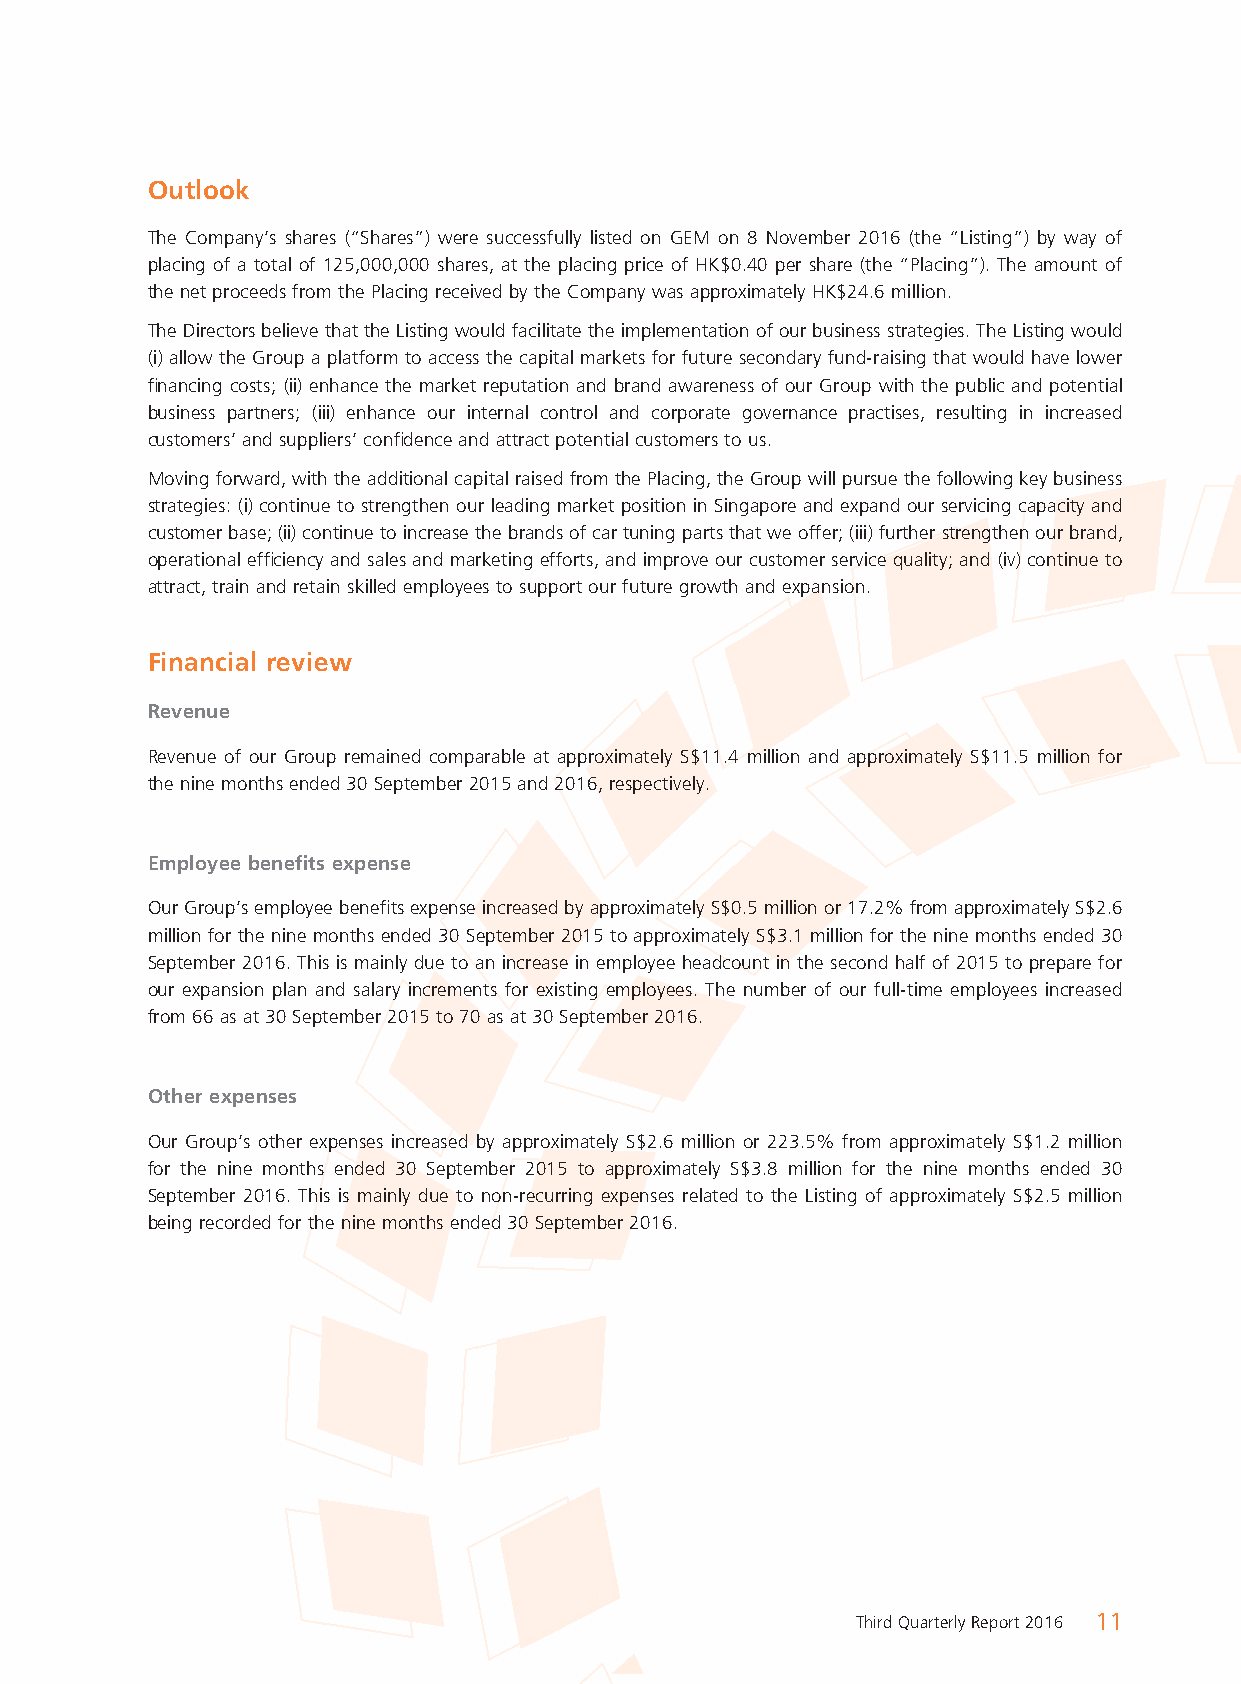
Outlook
 The Company’s shares (“Shares”) were successfully listed on GEM on 8 November 2016 (the “Listing”) by way of
 placing of a total of 125,000,000 shares, at the placing price of HK$0.40 per share (the “Placing”). The amount of
 the net proceeds from the Placing received by the Company was approximately HK$24.6 million.
 The Directors believe that the Listing would facilitate the implementation of our business strategies. The Listing would
 (i) allow the Group a platform to access the capital markets for future secondary fund-raising that would have lower
 fi nancing costs; (ii) enhance the market reputation and brand awareness of our Group with the public and potential
 business partners; (iii) enhance our internal control and corporate governance practises, resulting in increased
 customers’ and suppliers’ confi dence and attract potential customers to us.
 Moving forward, with the additional capital raised from the Placing, the Group will pursue the following key business
 strategies: (i) continue to strengthen our leading market position in Singapore and expand our servicing capacity and
 customer base; (ii) continue to increase the brands of car tuning parts that we offer; (iii) further strengthen our brand,
 operational effi ciency and sales and marketing efforts, and improve our customer service quality; and (iv) continue to
 attract, train and retain skilled employees to support our future growth and expansion.
 Financial review
 Revenue
 Revenue of our Group remained comparable at approximately S$11.4 million and approximately S$11.5 million for
 the nine months ended 30 September 2015 and 2016, respectively.
 Employee benefi ts expense
 Our Group’s employee benefi ts expense increased by approximately S$0.5 million or 17.2% from approximately S$2.6
 million for the nine months ended 30 September 2015 to approximately S$3.1 million for the nine months ended 30
 September 2016. This is mainly due to an increase in employee headcount in the second half of 2015 to prepare for
 our expansion plan and salary increments for existing employees. The number of our full-time employees increased
 from 66 as at 30 September 2015 to 70 as at 30 September 2016.
 Other expenses
 Our Group’s other expenses increased by approximately S$2.6 million or 223.5% from approximately S$1.2 million
 for the nine months ended 30 September 2015 to approximately S$3.8 million for the nine months ended 30
 September 2016. This is mainly due to non-recurring expenses related to the Listing of approximately S$2.5 million
 being recorded for the nine months ended 30 September 2016.
 Third Quarterly Report 2016 11